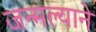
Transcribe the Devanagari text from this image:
जन्मल्याने